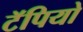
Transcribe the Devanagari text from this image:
टॅपियो